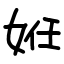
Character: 姙